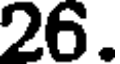
26.